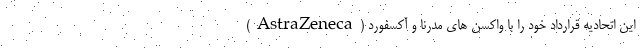
این اتحادیه قرارداد خود را با واکسن های مدرنا و آکسفورد (AstraZeneca)